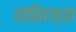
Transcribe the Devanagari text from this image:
याझिदच्या